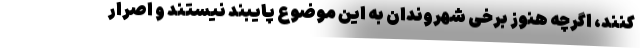
کنند، اگرچه هنوز برخی شهروندان به این موضوع پایبند نیستند و اصرار